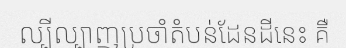
ល្បីល្បាញប្រចាំតំបន់ដែនដីនេះ គឺ